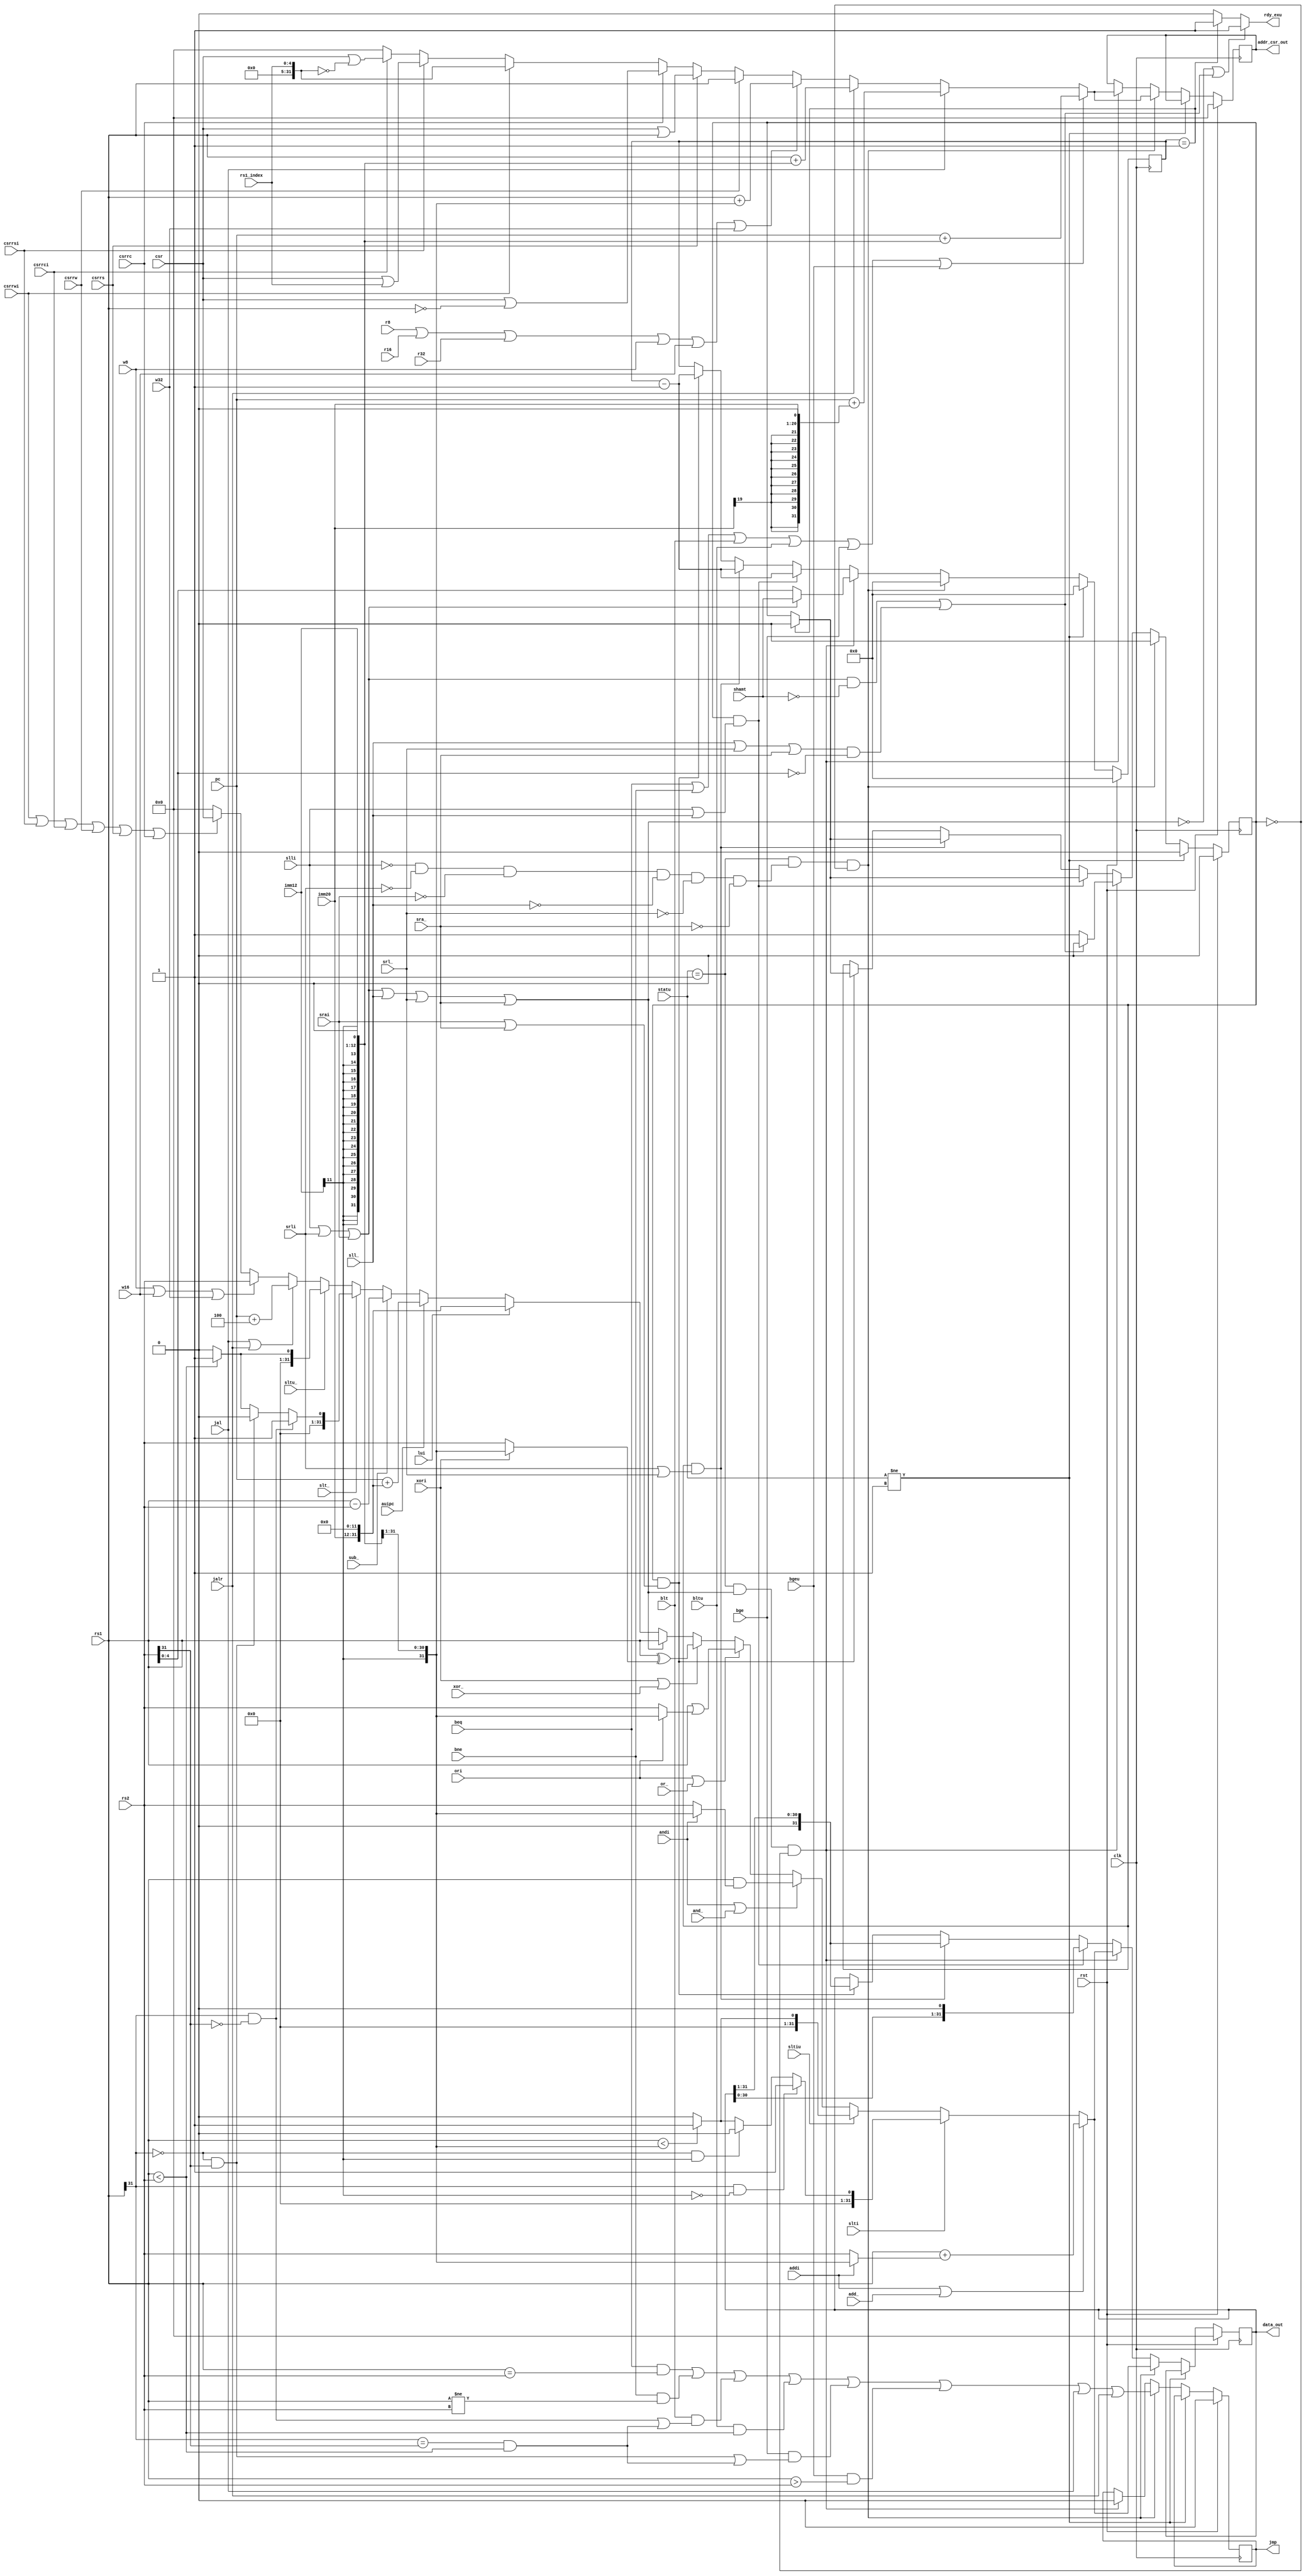
module exu(
input clk,
input rst,

//

input wire [31:0]pc,
input wire [31:0]rs1,
input wire [31:0]rs2,
input wire [19:0]imm20,
input wire [11:0]imm12,
input wire [4:0] shamt,
input wire [31:0]csr,

input wire [4:0]rs1_index,


//

input wire addi ,
input wire slti,
input wire sltiu,
input wire andi,
input wire ori,
input wire xori,
input wire slli,
input wire srli,
input wire srai,

input wire lui,
input wire auipc,
input wire add_,
input wire sub_,
input wire slt_,
input wire sltu_,
input wire and_,
input wire or_,
input wire xor_,
input wire sll_,
input wire srl_,
input wire sra_,

input wire jal,
input wire jalr,

input wire beq,
input wire bne,
input wire blt,
input wire bltu,
input wire bge,
input wire bgeu,

input wire w8,
input wire w16,
input wire w32,
input wire r8,
input wire r16,
input wire r32,

input wire csrrw,
input wire csrrs,
input wire csrrc,
input wire csrrwi,
input wire csrrsi,
input wire csrrci,

//

input wire [2:0]statu,

//

output reg [31:0]data_out,
output reg [31:0]addr_csr_out,

//

output reg jmp,
output wire rdy_exu
);

reg  [4:0]shift_count;
reg statu_exu;

wire [31:0]addr_csr;
wire [31:0]data;
wire [4:0] shift;

/* assign data = {32{addi}} & (rs1 + {{20{imm12[11]}},imm12}) |                                
              {32{slti}} & ((rs1[31]==1'b1 & imm12[11]==1'b0)?32'd1 : (rs1[31]==1'b0 & imm12[11]==1'b1) ? 32'd0 :(rs1 < {{20{imm12[11]}},imm12}) ? {31'b0,1'b1}:{32'b0}) |
              {32{sltiu}}& ((rs1 < {{20{imm12[11]}},imm12}) ? {31'b0,1'b1}:{32'b0}) |
              {32{andi}} & (rs1 & {{20{imm12[11]}},imm12}) |
              {32{ori}}  & (rs1 | {{20{imm12[11]}},imm12}) |
              {32{xori}} & (rs1 ^ {{20{imm12[11]}},imm12}) |
              {32{slli}} & (rs1) | {32{srli}} & (rs1) | {32{srai}} & (rs1) |
              {32{lui}}  & {imm20,12'b0}                     |
              {32{auipc}}& (pc + {imm20,12'b0})              |
              {32{add_}} & (rs1 + rs2)                       |
              {32{sub_}} & (rs1 - rs2)                       |
              {32{slt_}} & ((rs1[31]==1'b1 & rs2[31]==1'b0)?32'd1 : (rs1[31]==1'b0 & rs2[31]==1'b1) ? 32'd0 :(rs1 < rs2) ? {31'b0,1'b1}:{32'b0}) |
              {32{sltu_}}& ((rs1<rs2)?1'b1 : 1'b0)           |
              {32{and_}} & (rs1 & rs2)                       |
              {32{or_}}  & (rs1 | rs2)                       |
              {32{xor_}} & (rs1 ^ rs2)                       |
              {32{sll_}} & (rs1) | {32{srl_}}&(rs1) | {32{sra_}}&(rs1)   |
              {32{jal}}  & (pc + 32'd4)                      |
              {32{jalr}} & (pc + 32'd4)                      |
              {32{w8}}   & (rs2) | {32{w16}}&(rs2) | {32{w32}}&(rs2)     |
              {{32{csrrw}}}& csr | csrrs & csr | csrrc & csr | csrrwi & csr | csrrsi & csr |csrrci & csr | 32'b0;
 */
 
 /*always @ (*)begin
    if(addi | add_)begin
         data = (rs1 + (addi ? {{20{imm12[11]}},imm12} :  rs2));
    end
     
    else if(slti )begin
         data = ((rs1[31]==1'b1 & imm12[11]==1'b0)?32'd1 : (rs1[31]==1'b0 & imm12[11]==1'b1) ? 32'd0 :(rs1 < {{20{imm12[11]}},imm12}) ? {31'b0,1'b1}:{32'b0});
    end
        
     else if(sltiu)begin
         data = ((rs1 < {{20{imm12[11]}},imm12}) ? {31'b0,1'b1}:{32'b0});
     end
     
     else if(andi | and_)begin
         data =  rs1 & (andi ? {{20{imm12[11]}},imm12} : rs2);
      end
      
     else if(ori | or_)begin
         data =  rs1 | (ori ? {{20{imm12[11]}},imm12}  : rs2);
     end
     
     else if(xori | xor_)begin
         data = rs1 ^ (xori ? {{20{imm12[11]}},imm12}  : rs2);
     end
     
     else if(slli | srli | srai | sll_ | srl_ | sra_)begin
         data = rs1;
     end
     
     else if(lui)begin
         data = {imm20,12'b0} ;
     end
     
     else if(auipc)begin
         data = (pc + {imm20,12'b0});
     end
     
     else if(sub_)begin
         data = rs1 - rs2;
     end
     
     else if(slt_)begin
         data = ((rs1[31]==1'b1 & rs2[31]==1'b0)?32'd1 : (rs1[31]==1'b0 & rs2[31]==1'b1) ? 32'd0 :(rs1 < rs2) ? {31'b0,1'b1}:{32'b0});
     end
     
     else if(sltu_)begin
         data = ((rs1<rs2)?1'b1 : 1'b0);
     end
     
     else if(jal | jalr)begin
         data = (pc + 32'd4);
     end
     
     else if(w8 | w16 | w32)begin
         data = rs2;
     end
     
     else if(csrrwi | csrrsi | csrrci | csrrw | csrrs | csrrc)begin
         data = csr;
     end
     
 end
 */
 assign data =
     (addi | add_) ?  (rs1 + (addi ? {{20{imm12[11]}},imm12} :  rs2)) :
    
     
     (slti )       ?  ((rs1[31]==1'b1 & imm12[11]==1'b0)?32'd1 : (rs1[31]==1'b0 & imm12[11]==1'b1) ? 32'd0 :(rs1 < {{20{imm12[11]}},imm12}) ? {31'b0,1'b1}:{32'b0}) : 

        
     (sltiu)        ? ((rs1 < {{20{imm12[11]}},imm12}) ? {31'b0,1'b1}:{32'b0}):
     
     
     (andi | and_)  ?
      (rs1 & (andi ? {{20{imm12[11]}},imm12} : rs2)):
     
      
     (ori | or_)    ?
     (rs1 | (ori ? {{20{imm12[11]}},imm12}  : rs2)):
     
     
     (xori | xor_)  ?
     (rs1 ^ (xori ? {{20{imm12[11]}},imm12}  : rs2)):
     
     
     (slli | srli | srai | sll_ | srl_ | sra_)?
          rs1 :
     
     
     (lui)?
        {imm20,12'b0} :
     
     
     (auipc)?
          (pc + {imm20,12'b0}):
     
     
     (sub_)?
          (rs1 - rs2):
     
     
    (slt_)?
         ((rs1[31]==1'b1 & rs2[31]==1'b0)?32'd1 : (rs1[31]==1'b0 & rs2[31]==1'b1) ? 32'd0 :(rs1 < rs2) ? {31'b0,1'b1}:{32'b0}):
     
     
     (sltu_)?
        ((rs1<rs2)?1'b1 : 1'b0):
     
     
     (jal | jalr)?
        (pc + 32'd4) :
    
     
     (w8 | w16 | w32)?
          rs2 :
     
     
     (csrrwi | csrrsi | csrrci | csrrw | csrrs | csrrc)?
          csr : 32'b0;
     
     
 
 
assign addr_csr =   //pc
                    (beq | bne | blt | bltu | bge | bgeu ) ?  (pc+{{19{imm12[11]}},imm12,1'b0}) :
	                jal ? ( pc +{{11{imm20[19]}},imm20,1'b0})  				       :
		    jalr? ( rs1 +{{19{imm12[11]}},imm12,1'b0})                             :
                    //
                    (r8 | r16 | r32 | w8 | w16 | w32) ? (rs1 + {{20{imm12[11]}},imm12}) :
                    //csr
                    csrrw ?  rs1                                             :
                    csrrs ?  (csr | rs1)                                     :
                    csrrc ? (csr | !rs1)                                     :
                    csrrwi? {27'b0,rs1_index}                                 :
                    csrrsi? (csr | {27'b0,rs1_index})                         :
                    csrrci? (csr | !{27'b0,rs1_index})                        :32'b0;
                    
                    
                  

always @ (posedge clk)begin 
    
        if(rst)begin
            
            statu_exu <= 1'b0;
            shift_count <=5'b0;
            data_out <= 32'b0;
            addr_csr_out <=32'b0;
            jmp <= 1'b0;
        end
        
        else if(statu!=3'b001)begin
        
            statu_exu <= 1'b0;
            shift_count <= 5'b0;
            data_out  <= data_out;
            addr_csr_out <= addr_csr_out;
            jmp  <= jmp;
        end
            
        else if((statu == 3'b001) & (!slli & !srli & !srai & !sll_ & !srl_ & !sra_)&(statu_exu==1'b0))begin
        
            data_out  <=  data;
            addr_csr_out <= addr_csr;
            jmp      <=     beq & (rs1 == rs2) | bne & (rs1 !=rs2) | blt & (rs1[31]==1'b1&rs2[31]==1'b0 | (rs1[31]==rs2[31])&rs1 < rs2) | bltu & (rs1 < rs2) | bge & ((rs1[31]==1'b0&rs2[31]==1'b1 | (rs1[31]==rs2[31])&rs1 < rs2)) | bgeu & (rs1 > rs2) | jal | jalr;
            shift_count <= 5'b0;
            statu_exu <=1'b0;
        end
        
        else if((statu == 3'b001) & (slli | srli | srai | sll_ | srl_ |sra_)&(statu_exu ==1'b0))begin
        
            data_out <= data;
            addr_csr_out <=addr_csr;
            jmp     <= 1'b0;
            shift_count <= (slli | srli | srai ) ? shamt : rs2[4:0];
            statu_exu <= ((slli|srli|srai)&(shamt==5'b0)|(sll_ | srl_ | sra_ )&(rs2[4:0]==5'b0)) ? 1'b0 : 1'b1;
        end
        else if((statu_exu==1'b1) & (slli | sll_))begin
            
            data_out <= (data_out<<1);
            shift_count <= shift_count - 5'd1;
            statu_exu <= (shift_count==5'd1)?1'b0 : statu_exu;
        
        end
        
        else if(statu_exu==1'b1 & (srli|srl_))begin
            
            data_out <= (data_out>>1);
            shift_count <= shift_count-5'd1;
            statu_exu <= (shift_count==5'd1)?1'b0 : statu_exu;
        end
        
        else if((statu_exu == 1'b1) & (srai | sra_))begin
            
            data_out <= (data_out>>1);                                 //bug
            shift_count<=shift_count - 5'd1;
            statu_exu <= (shift_count==5'd1)?1'b0 : statu_exu;
        end
        
end

assign rdy_exu = (!(slli | srli | srai | sll_ | srl_ | sra_)|((slli|srli|srai)&(shamt==5'b0)|(sll_ | srl_ | sra_ )&(rs2[4:0]==5'b0))) ? 1'b1 : (shift_count == 5'd1)? 1'b1 : 1'b0;
            
        
endmodule